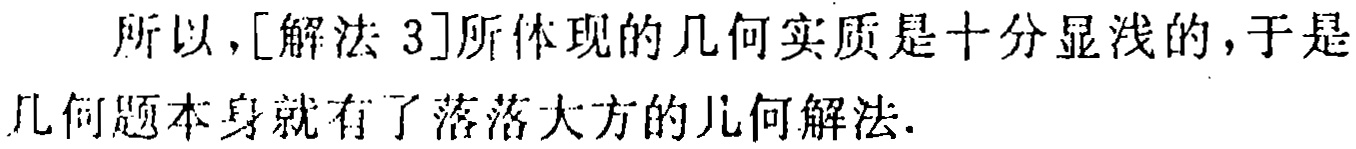
所以，[解法 3]所体现的几何实质是十分显浅的，于是几何题本身就有了落落大方的几何解法.